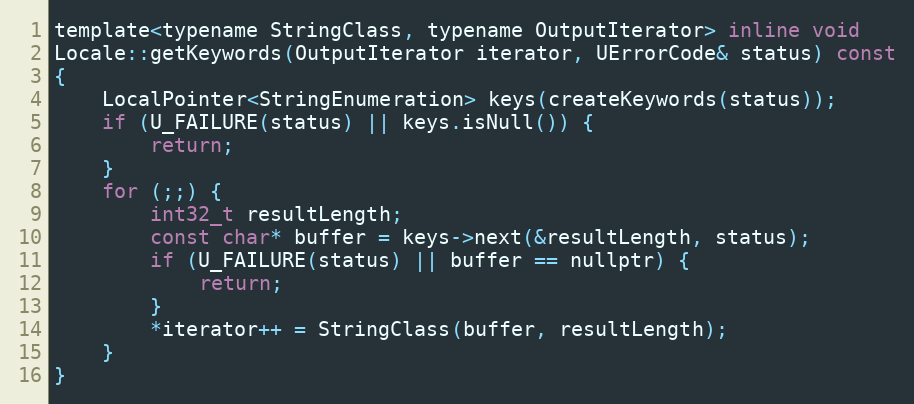
Language: C
template<typename StringClass, typename OutputIterator> inline void
Locale::getKeywords(OutputIterator iterator, UErrorCode& status) const
{
    LocalPointer<StringEnumeration> keys(createKeywords(status));
    if (U_FAILURE(status) || keys.isNull()) {
        return;
    }
    for (;;) {
        int32_t resultLength;
        const char* buffer = keys->next(&resultLength, status);
        if (U_FAILURE(status) || buffer == nullptr) {
            return;
        }
        *iterator++ = StringClass(buffer, resultLength);
    }
}